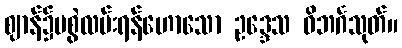
ဈာန်၌မစွဲလမ်းရန်ဟောသော ဥဒ္ဒေသ ဝိဘင်္ဂသုတ်။